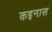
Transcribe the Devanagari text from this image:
कइनास